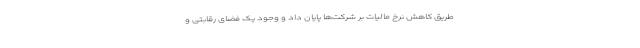
طریق کاهش نرخ مالیات‌ بر شرکت‌ها پایان داد و وجود یک فضای رقابتی و